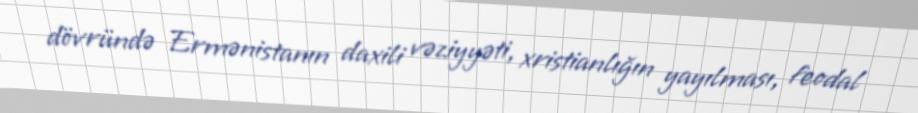
dövründə Ermənistanın daxili vəziyyəti, xristianlığın yayılması, feodal